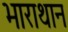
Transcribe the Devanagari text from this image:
भाराथान